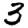
Digit: 3